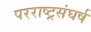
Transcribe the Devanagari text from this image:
परराष्ट्रसंघर्ष